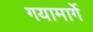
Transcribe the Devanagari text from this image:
गयामार्गे